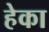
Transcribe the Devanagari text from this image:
हेका